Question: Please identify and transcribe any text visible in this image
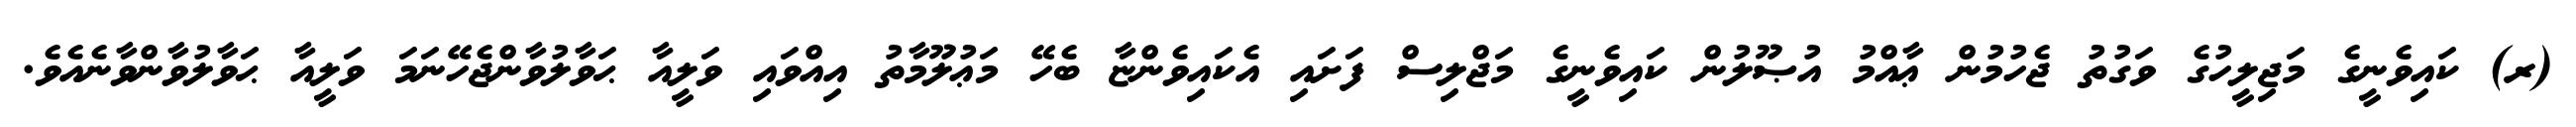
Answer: (ރ) ކައިވެނީގެ މަޖިލީހުގެ ވަގުތު ޖެހުމުން ޢާއްމު އުޞޫލުން ކައިވެނީގެ މަޖްލިސް ފަށައި އެކައިވެންޏާ ބެހޭ މަޢުލޫމާތު އިއްވައި ވަލީއާ ޙަވާލުވާންޖެހޭނަމަ ވަލީއާ ޙަވާލުވާންވާނެއެވެ.